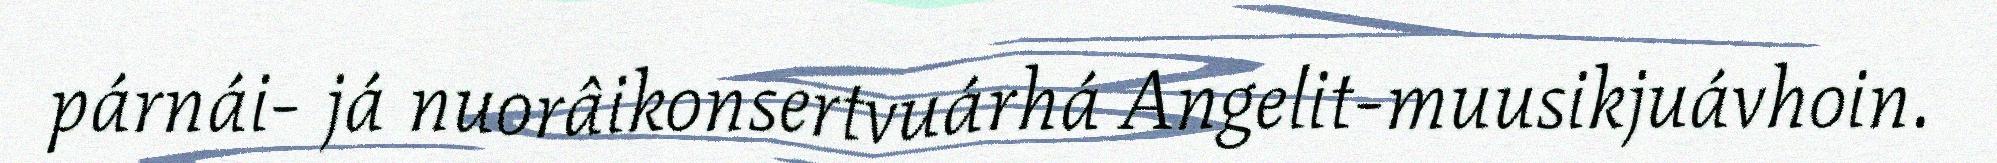
párnái- já nuorâikonsertvuárhá Angelit-muusikjuávhoin.